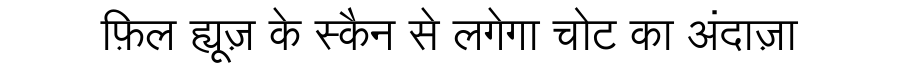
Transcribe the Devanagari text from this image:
फ़िल ह्यूज़ के स्कैन से लगेगा चोट का अंदाज़ा